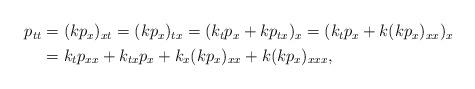
LaTeX: \begin{align*} \begin{aligned} p_{tt} &= (kp_x)_{xt} = (kp_x)_{tx} = (k_tp_x + kp_{tx})_x = (k_tp_x + k(kp_x)_{xx})_x \\ &= k_tp_{xx} + k_{tx}p_x + k_x(kp_x)_{xx} + k(kp_x)_{xxx}, \end{aligned}\end{align*}